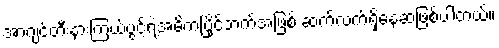
အာဂျင်တီးနားကြယ်ပွင့်ရဲ့အဓိကပြိုင်ဘက်အဖြစ် ဆက်လက်ရှိနေဆဲဖြစ်ပါတယ်။